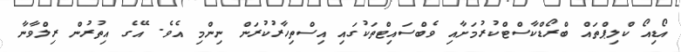
އޯޑިއޯ ކްލިޕްތައް ބްރޯޑްކާސްޓްކުރުމަށާއި ވެބްސައިޓްތަކުގައި އިސްތިހާރުކުރަން ނިންމި އެވެ. އޭގެ އިތުރުން ރިލްވާނާ